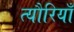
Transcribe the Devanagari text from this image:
त्यौरियाँ